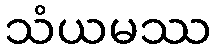
သံယမဿ